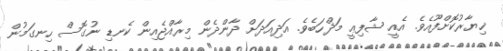
ޚިޔާރުކޮށްފޫއެވެ. އެއީ ޝާފިޢީ މަޛްހަބެވެ. އަދިއަދަށް ދާންދެން މިރާއްޖެއިން ކެނޑި ނުގޮސް ހިނގަމުން